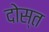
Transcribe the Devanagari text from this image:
दोस्त